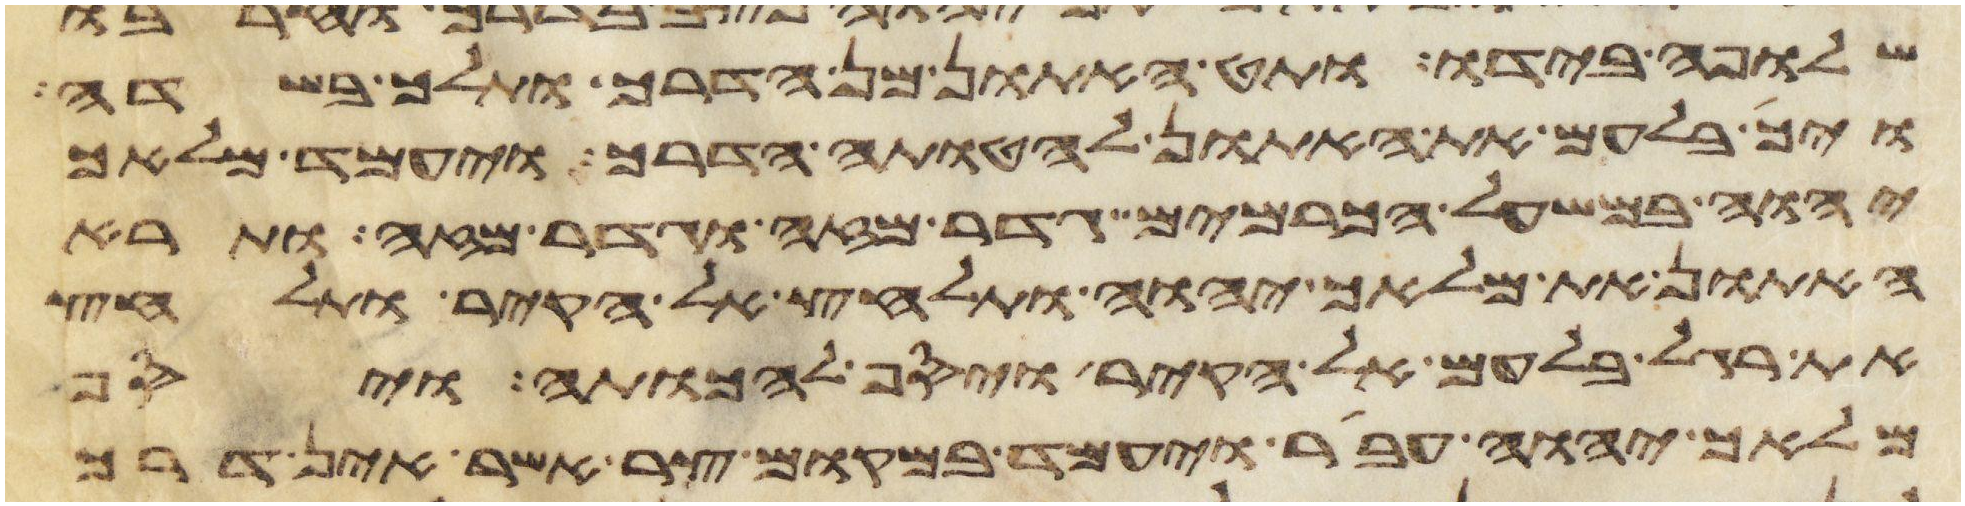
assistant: שלופה בידו ותט האתון מן הדרך ותלך בשדה
ויך בלעם את האתון להטותה הדרך ויעמד מלאך
יהוה במשעל הכרמים גדר מזה וגדר מזה ותרא
האתון את מלאך יהוה ותלחץ אל הקיר ותלחץ
את רגל בלעם אל הקיר ויסף להכותה ויסף
מלאך יהוה עבר ויעמד במקום צר אשר אין דרך